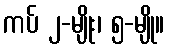
ကပ် ၂-မျိုး၊ ၅-မျို။